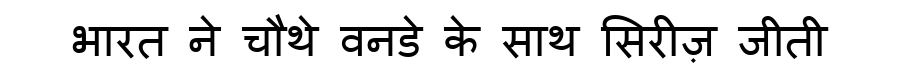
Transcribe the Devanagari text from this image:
भारत ने चौथे वनडे के साथ सिरीज़ जीती